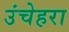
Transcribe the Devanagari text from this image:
उंचेहरा